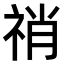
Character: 𥙬